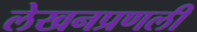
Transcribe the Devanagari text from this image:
लेखनप्रणली